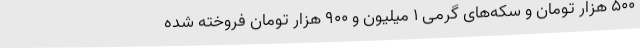
۵۰۰ هزار تومان و سکه‌های گرمی ۱ میلیون و ۹۰۰ هزار تومان فروخته شده